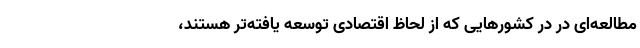
مطالعه‌ای در در کشورهایی که از لحاظ اقتصادی توسعه یافته‌تر هستند،